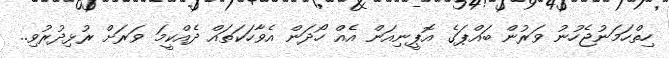
ހިތްހަމަނުޖެހުނު ވަރުން ބައްޕަގެ އޮޕީނިއަން އެއް ހޯދަން އެވާހަކަތައް ދެއްކީމަ ވަރަށް ރުޅިދުރުވި..